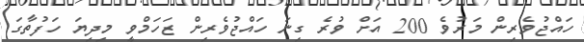
ހައްޖުވެރިން މަރުވެ 200 އަށް ވުރެ ގިނަ ހައްޖުވެރިން ޒަހަމްވީ މިދިޔަ ހަފުތާގަ